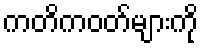
ကတိကဝတ်များကို